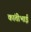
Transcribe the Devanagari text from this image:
कांतीभाई